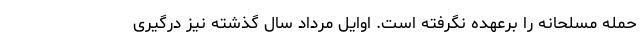
حمله مسلحانه را برعهده نگرفته است. اوایل مرداد سال گذشته نیز درگیری